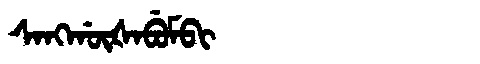
Manchu: ᠰᠠᠩᡤᡡᡧᠠᠪᡠᠮᠪᡳ
Romanization: SANGGŪŠABUMBI